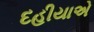
દહીયાએ